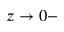
z \to 0 -